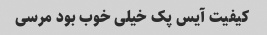
کیفیت آیس پک خیلی خوب بود مرسی